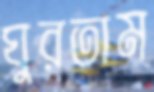
ঘুরতাম